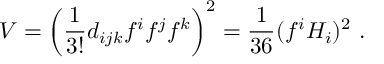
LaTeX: V = \left( { \frac { 1 } { 3 ! } } d _ { i j k } f ^ { i } f ^ { j } f ^ { k } \right) ^ { 2 } = \frac { 1 } { 3 6 } ( f ^ { i } H _ { i } ) ^ { 2 } ~ .